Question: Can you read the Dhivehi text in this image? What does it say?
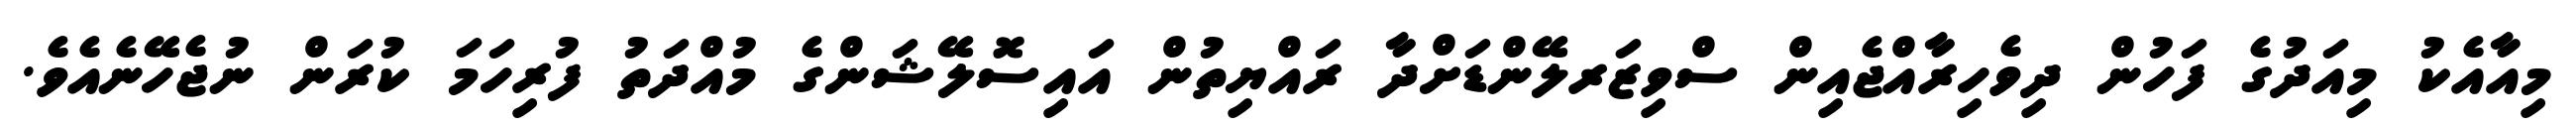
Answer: މިއާއެކު މިއަދުގެ ފަހުން ދިވެހިރާއްޖެއިން ސްވިޒަރލޭންޑަށްދާ ރައްޔިތުން އައިސޮލޭޝަންގެ މުއްދަތު ފުރިހަމަ ކުރަން ނުޖެހޭނެއެވެ.